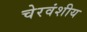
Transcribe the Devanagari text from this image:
चेरवंशीय